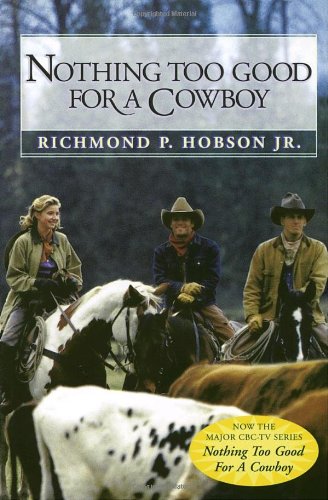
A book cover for Nothing Too Good for a Cowboy; Richmond P. Hobson; Biographies & Memoirs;